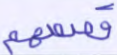
قصصهم